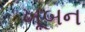
ખૂબન